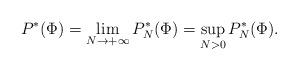
LaTeX: \begin{align*}P^*(\Phi) = \lim_{N \to +\infty}P^*_N(\Phi) = \sup_{N > 0}P^*_N(\Phi).\end{align*}